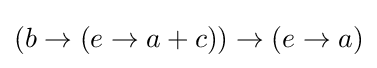
{\textstyle (b\rightarrow (e\rightarrow a+c))\rightarrow (e\rightarrow a)}